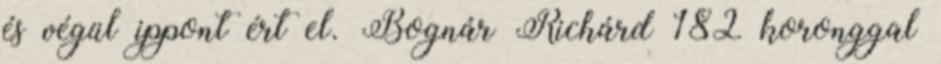
és végül ippont ért el. Bognár Richárd 182 koronggal